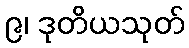
၉၊ ဒုတိယသုတ်